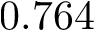
0 . 7 6 4